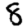
Digit: 8